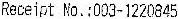
RECEIPT NO.:003-1220845